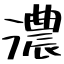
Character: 濃